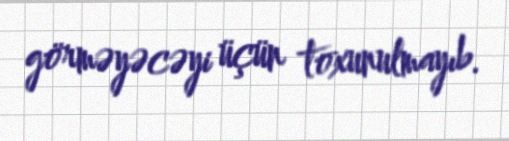
görməyəcəyi üçün toxunulmayıb.